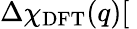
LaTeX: \Delta\chi_{\mathrm{DFT}}(q)[\